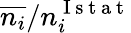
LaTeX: \overline{{n_{i}}}/n_{i}^{\mathrm{~I~s~t~a~t~}}